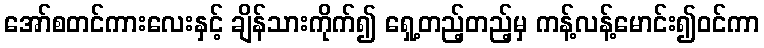
အော်စတင်ကားလေးနှင့် ချိန်သားကိုက်၍ ရှေ့တည့်တည့်မှ ကန့်လန့်မောင်း၍ဝင်ကာ